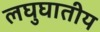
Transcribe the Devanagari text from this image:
लघुघातीय